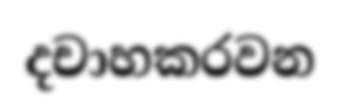
දචාහකරවන